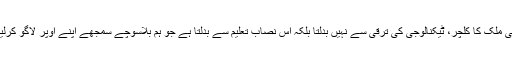
کسی بھی ملک کا کلچر، ٹیکنالوجی کی ترقی سے نہیں بدلتا بلکہ اس نصاب تعلیم سے بدلتا ہے جو ہم بلاسوچے سمجھے اپنے اوپر لاگو کرلیتے ہیں۔